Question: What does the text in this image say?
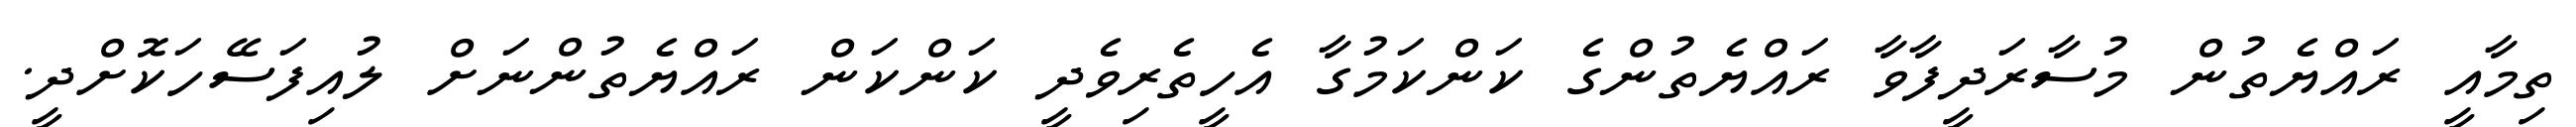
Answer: ތިމާއީ ރައްޔެތުން މުސާރަދީފާވާ ރައްޔެތުންގެ ކަންކަމުގާ އެހީތެރިވެދީ ކަންކަން ރައްޔެތުންނަށް ލުއިފަސޭހަކޮށްދީ.